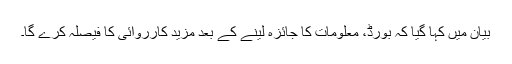
بیان میں کہا گیا کہ بورڈ، معلومات کا جائزہ لینے کے بعد مزید کارروائی کا فیصلہ کرے گا۔